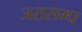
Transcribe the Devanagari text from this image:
जरासम्घ